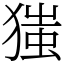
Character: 㺈